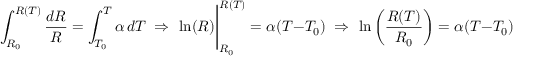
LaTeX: \int _ { R _ { 0 } } ^ { R ( T ) } { \frac { d R } { R } } = \int _ { T _ { 0 } } ^ { T } \alpha \, d T ~ \Rightarrow ~ \ln ( R ) { \Bigg \vert } _ { R _ { 0 } } ^ { R ( T ) } = \alpha ( T - T _ { 0 } ) ~ \Rightarrow ~ \ln \left( { \frac { R ( T ) } { R _ { 0 } } } \right) = \alpha ( T - T _ { 0 } ) ~ \Rightarrow ~ R ( T ) = R _ { 0 } e ^ { \alpha ( T - T _ { 0 } ) }